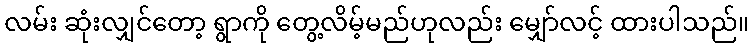
လမ်း ဆုံးလျှင်တော့ ရွာကို တွေ့လိမ့်မည်ဟုလည်း မျှော်လင့် ထားပါသည်။